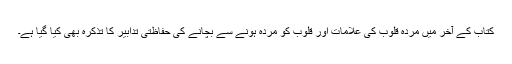
کتاب کے آخر میں مردہ قلوب کی علامات اور قلوب کو مردہ ہونے سے بچانے کی حفاظتی تدابیر کا تذکرہ بھی کیا گیا ہے۔